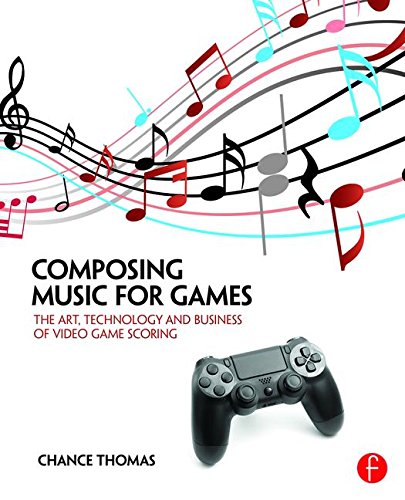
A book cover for Composing Music for Games: The Art, Technology and Business of Video Game Scoring; Chance Thomas; Computers & Technology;